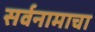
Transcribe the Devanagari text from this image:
सर्वनामाचा